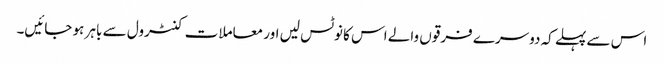
اس سے پہلے کہ دوسرے فرقوں والے اس کا نوٹس لیں اور معاملات کنٹرول سے باہر ہو جائیں۔